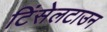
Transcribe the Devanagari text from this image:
टिंसेलटाउन